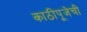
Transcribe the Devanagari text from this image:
काठीपूजेची